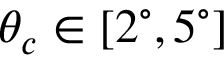
\theta _ { c } \in [ 2 ^ { \circ } , 5 ^ { \circ } ]